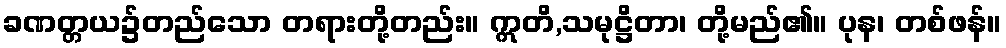
ခဏတ္တယ၌တည်သော တရားတို့တည်း။ ဣတိ,သမုဋ္ဌိတာ၊ တို့မည်၏။ ပုန၊ တစ်ဖန်။